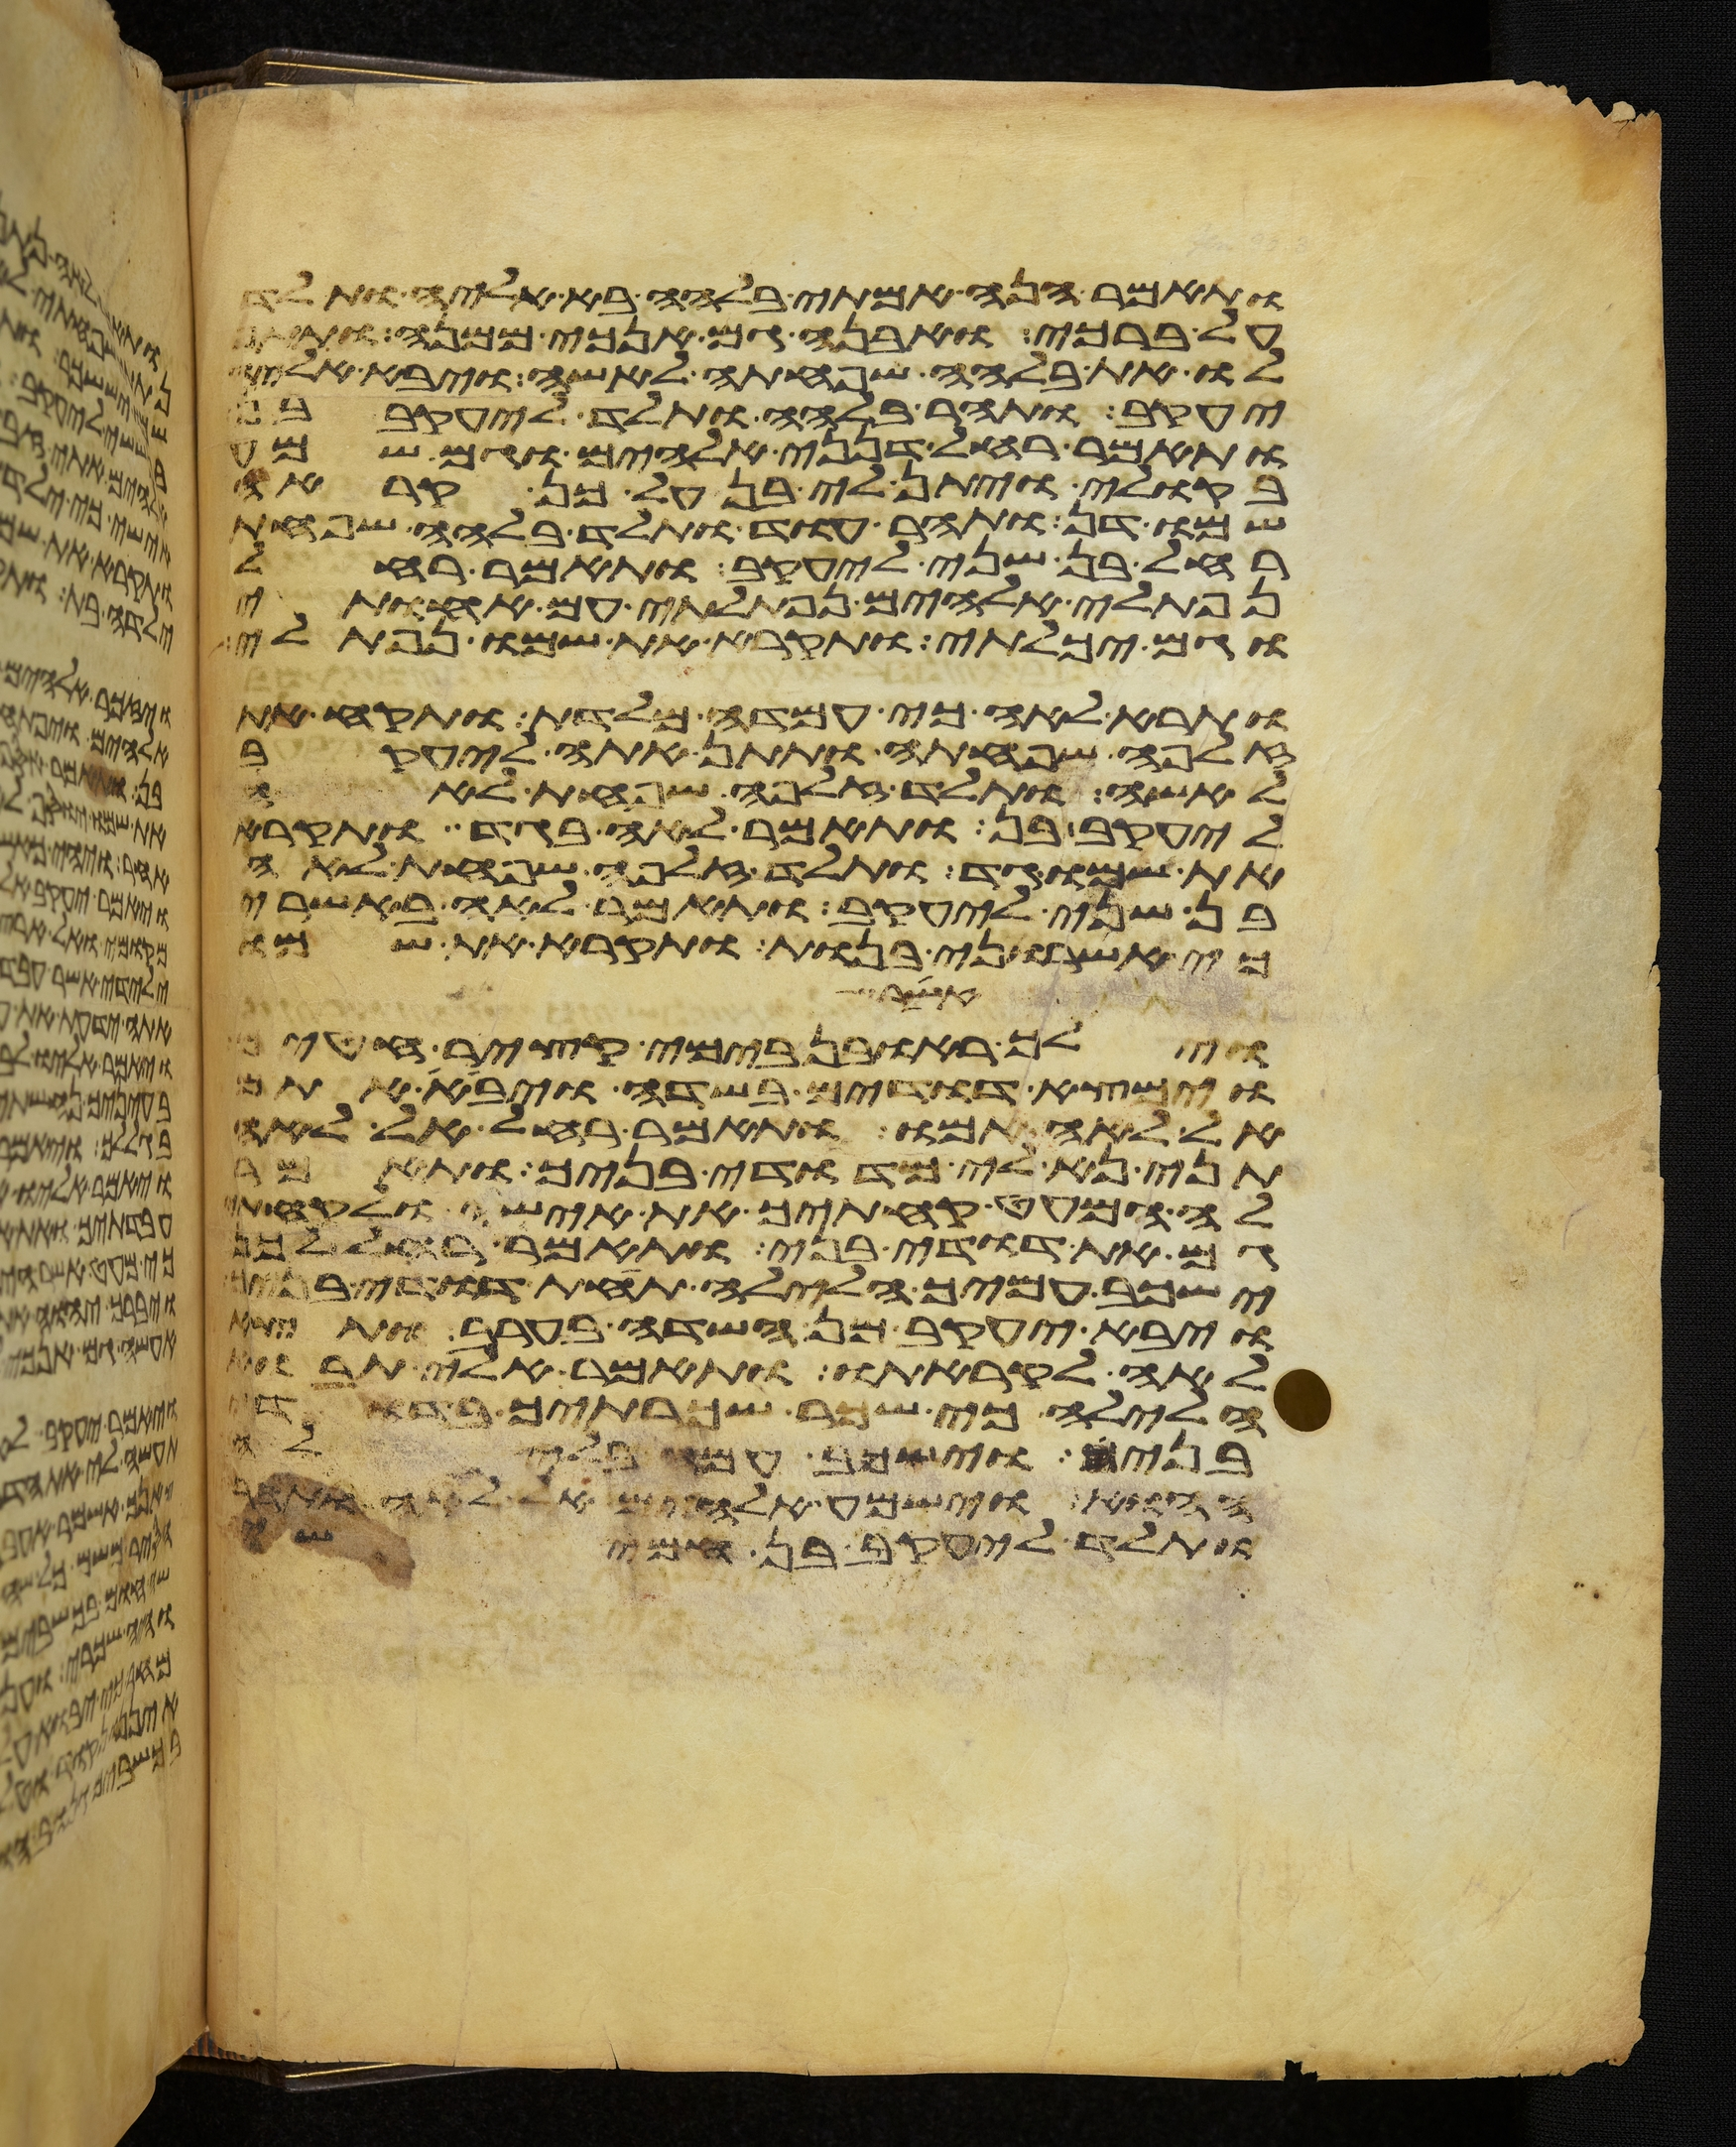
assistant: ותאמר הנה אמתי בלהה בא אליה ותלד
על ברכי ואבנה גם אנכי ממנה ותתן
לו את בלהה שפחתה לאשה ויבא אליה
יעקב ותהר בלהה ותלד ליעקב בן
ותאמר רחל דנני אלהים וגם שמע
בקולי ויתן לי בן על כן קראה
שמו דן ותהר עוד ותלד בלהה שפחת
רחל בן שני ליעקב ותאמר רחל
נפתלי אלהים נפתלתי עם אחותי
וגם יכלתי ותקרא את שמו נפתלי
ותרא לאה כי עמדה מלדת ותקח את
זלפה שפחתה ותתן אתה ליעקב
לאשה ותלד זלפה שפחת לאה
ליעקב בן ותאמר לאה בגד ותקרא
את שמו גד ותלד זלפה שפחת לאה
בן שני ליעקב ותאמר לאה באשרי
כי אשרוני בנות ותקרא את שמו
אשר
וילך ראובן בימי קציר חטים
וימצא דודים בשדה ויבא אתם
אל לאה אמו ותאמר רחל אל לאה
תני נא לי מדודי בניך ותאמר
לה המעט קחתיך את אישי ולקחתי
גם את דודי בני ותאמר רחל לכן
ישכב עמיך הלילה תחת דודי בניך
ויבא יעקב מן השדה בערב ותצא
לאה לקראתו ותאמר אלי תבוא
הלילה כי שכר שכרתיך בדודי
בני וישכב עמה בלילה
ההוא וישמע אלהים אל לאה ותהר
ותלד ליעקב בן חמישי